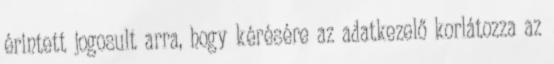
érintett jogosult arra, hogy kérésére az adatkezelő korlátozza az